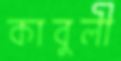
কাবুলী